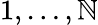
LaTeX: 1,\ldots,\mathbb{N}